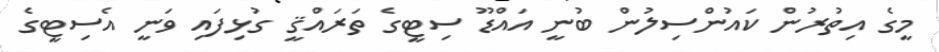
މީގެ އިތުރުން ކައުންސިލުން ބުނީ އައްޑޫ ސިޓީގެ ތަރައްޤީ ގުޅިފައި ވަނީ އެސިޓީގެ